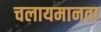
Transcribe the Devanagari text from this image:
चलायमानता